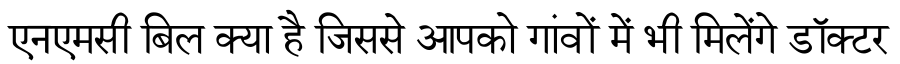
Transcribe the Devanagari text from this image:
एनएमसी बिल क्या है जिससे आपको गांवों में भी मिलेंगे डॉक्टर